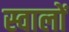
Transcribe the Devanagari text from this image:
स्वालों